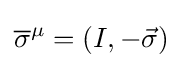
{\overline {\sigma }}^{\mu }=\left(I,-{\vec {\sigma }}\right)